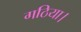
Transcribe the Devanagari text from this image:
गठिया।